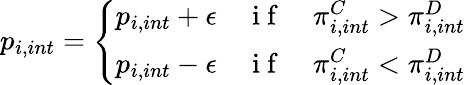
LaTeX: p_{i,int}=\left\{ \begin{array}{ll}{p_{i,int}+\epsilon}&{\mathrm{~i~f~}\quad\pi_{i,int}^{C}>\pi_{i,int}^{D}}\\ {p_{i,int}-\epsilon}&{\mathrm{~i~f~}\quad\pi_{i,int}^{C}<\pi_{i,int}^{D}}\end{array}\right.